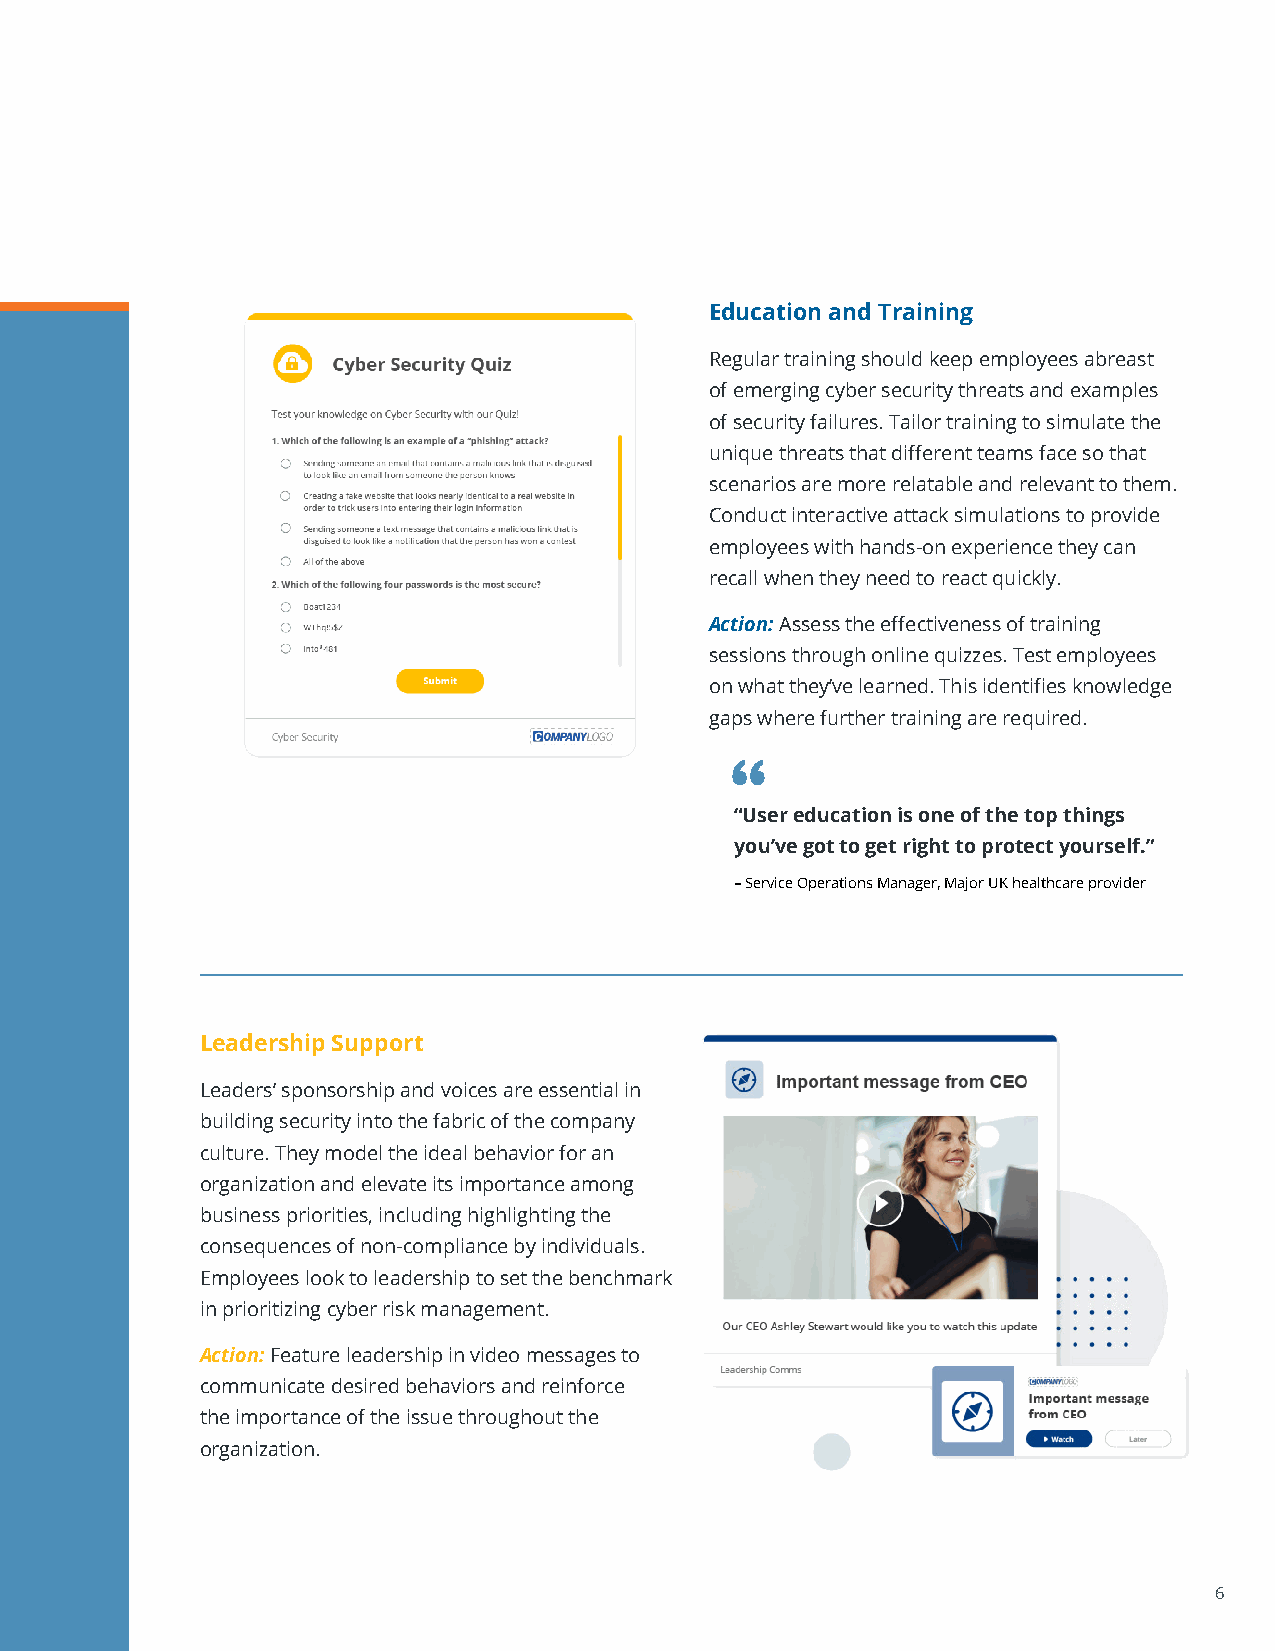
Education and Training
 Regular training should keep employees abreast
 of emerging cyber security threats and examples
 of security failures. Tailor training to simulate the
 unique threats that different teams face so that
 scenarios are more relatable and relevant to them.
 Conduct interactive attack simulations to provide
 employees with hands-on experience they can
 recall when they need to react quickly.
 Action: Assess the effectiveness of training
 sessions through online quizzes. Test employees
 on what they’ve learned. This identifies knowledge
 gaps where further training are required.
 “
 “User education is one of the top things
 you’ve got to get right to protect yourself.”
 – Service Operations Manager, Major UK healthcare provider
 Leadership Support
 Leaders’ sponsorship and voices are essential in
 building security into the fabric of the company
 culture. They model the ideal behavior for an
 organization and elevate its importance among
 business priorities, including highlighting the
 consequences of non-compliance by individuals.
 Employees look to leadership to set the benchmark
 in prioritizing cyber risk management.
 Action: Feature leadership in video messages to
 communicate desired behaviors and reinforce
 the importance of the issue throughout the
 organization.
 6